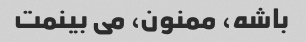
باشه، ممنون، می بینمت